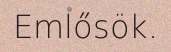
Emlősök.